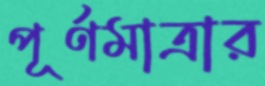
পূর্ণমাত্রার